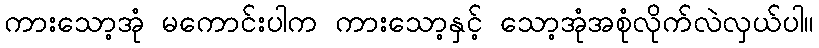
ကားသော့အုံ မကောင်းပါက ကားသော့နှင့် သော့အုံအစုံလိုက်လဲလှယ်ပါ။